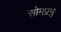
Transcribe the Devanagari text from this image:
सोमप्रभु